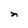
Character: n